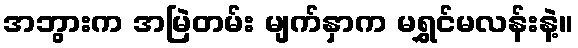
အဘွားက အမြဲတမ်း မျက်နှာက မရွှင်မလန်းနဲ့။